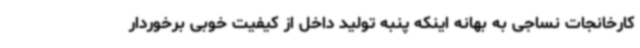
کارخانجات نساجی به بهانه اینکه پنبه تولید داخل از کیفیت خوبی برخوردار